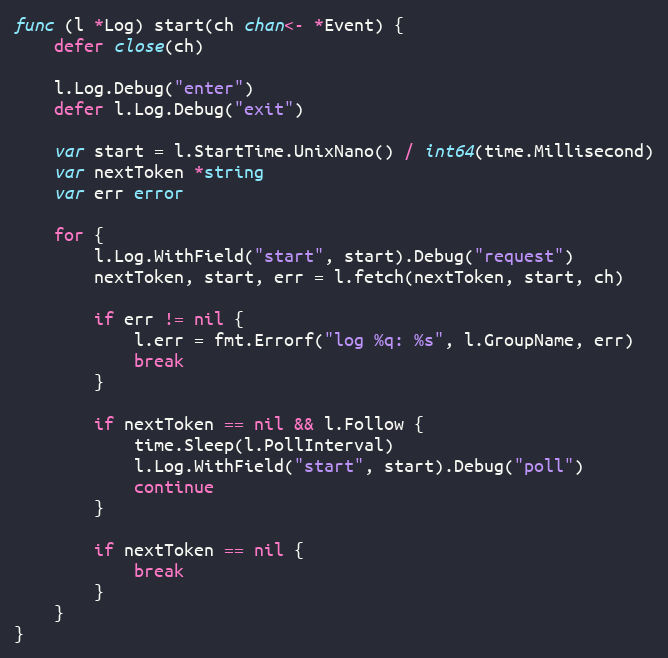
Language: Go
func (l *Log) start(ch chan<- *Event) {
	defer close(ch)

	l.Log.Debug("enter")
	defer l.Log.Debug("exit")

	var start = l.StartTime.UnixNano() / int64(time.Millisecond)
	var nextToken *string
	var err error

	for {
		l.Log.WithField("start", start).Debug("request")
		nextToken, start, err = l.fetch(nextToken, start, ch)

		if err != nil {
			l.err = fmt.Errorf("log %q: %s", l.GroupName, err)
			break
		}

		if nextToken == nil && l.Follow {
			time.Sleep(l.PollInterval)
			l.Log.WithField("start", start).Debug("poll")
			continue
		}

		if nextToken == nil {
			break
		}
	}
}